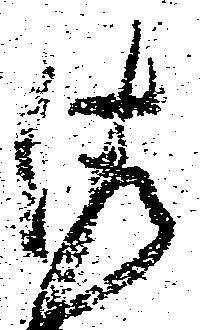
佐